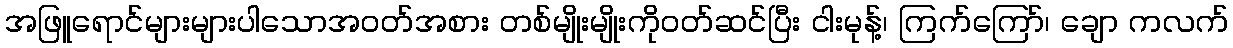
အဖြူရောင်များများပါသောအဝတ်အစား တစ်မျိုးမျိုးကိုဝတ်ဆင်ပြီး ငါးမုန့်၊ ကြက်ကြော်၊ ချော ကလက်